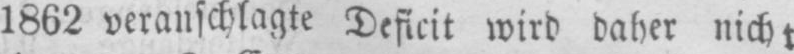
1862 veranschlagte Deficit wird daher nicht